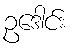
ဥဒေါင်း